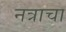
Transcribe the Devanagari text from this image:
नत्राचा